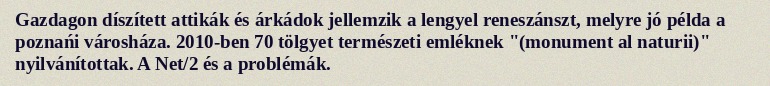
Gazdagon díszített attikák és árkádok jellemzik a lengyel reneszánszt, melyre jó példa a poznańi városháza. 2010-ben 70 tölgyet természeti emléknek "(monument al naturii)" nyilvánítottak. A Net/2 és a problémák.